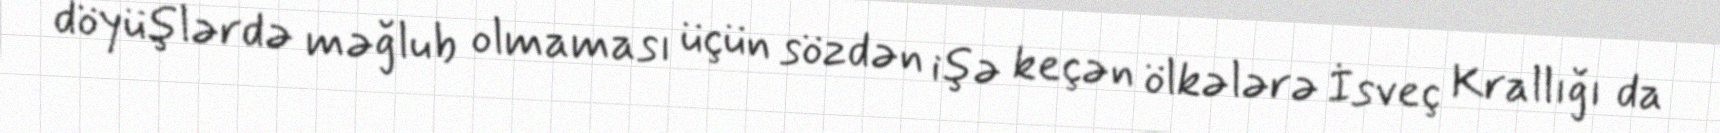
döyüşlərdə məğlub olmaması üçün sözdən işə keçən ölkələrə İsveç Krallığı da